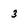
Character: 3